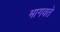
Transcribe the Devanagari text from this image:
भागवते